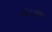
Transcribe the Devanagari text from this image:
पर्वतंरागांचा